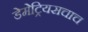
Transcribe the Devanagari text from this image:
डेमेट्रियसचाच